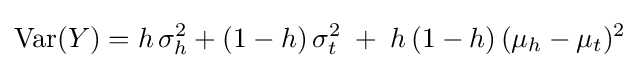
\operatorname {Var} (Y)=h\,\sigma _{h}^{2}+(1-h)\,\sigma _{t}^{2}\;+\;h\,(1-h)\,(\mu _{h}-\mu _{t})^{2}